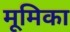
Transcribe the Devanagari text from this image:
मूमिका